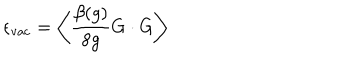
\epsilon _ { \mathrm { v a c } } = \left< \frac { \beta ( g ) } { 8 g } G \cdot G \right>